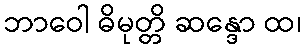
ဘာဝေါ ဓိမုတ္တိ ဆန္ဒော ထ၊